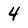
Character: 4